Sanitation, dispensaries and jails vaccination Rajputana 1922-1927 - 1922-1927
Year: 1922
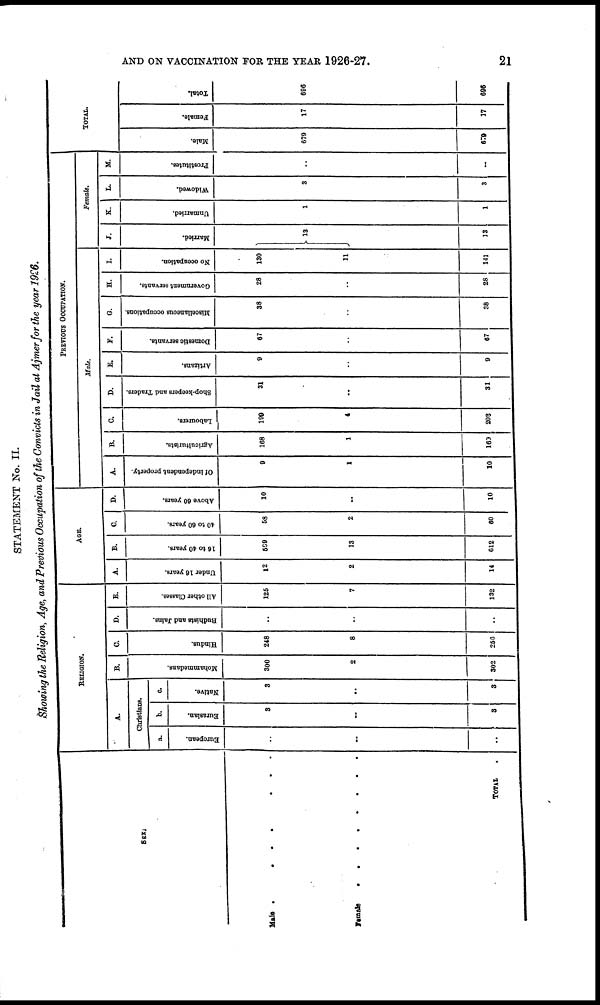
AND ON VACCINATION FOR THE YEAR 1926-27.
21
STATEMENT No. II.
Showing the Religion, Age, and Previous Occupation of the Convicts in Jail at Ajmer for the year 1926.
Sex.
Male
.
.
.
.
.
.
Female . . . .
TOTAL .
RELIGION.
A.
Christians.
a.
European.
..
..
..
b.
Eurasian.
3
..
3
c.
Native.
3
..
3
B.
Mohammedans.
300
2
302
C.
Hindus.
248
8
256
D.
Budhists and Jains.
..
..
..
E.
All other Classes.
125
7
132
AGE.
A.
Under 16 years.
12
2
14
B.
16 to 40 years.
599
13
612
C.
40 to 60 years.
58
2
60
D.
Above 60 years.
10
..
10
PREVIOUS OCCUPATION.
Male.
A.
Of independent property.
9
1
10
B.
Agriculturists.
168
1
169
C.
Labourers.
199
4
203
D.
Shop-keepers and Traders.
31
..
31
E.
Artizans.
9
..
9
F.
Domestic servants.
67
..
67
G.
Miscellaneous occupations.
38
..
38
H.
Government servants.
28
..
28
I.
No occupation.
130
11
141
Female.
J.
Married.
13
13
K.
Unmarried.
1
1
L.
Widowed.
3
3
M.
Prostitutes.
..
..
TOTAL.
Male.
679
679
Female.
17
17
Total.
696
696